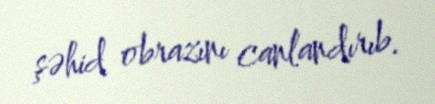
şəhid obrazını canlandırıb.